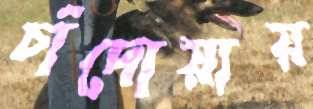
চাঁদোয়ায়